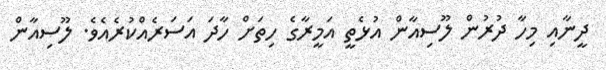
ދީނާއި މިހާ ދުރުން ލޫސިއާން އުޅެތީ އަމީރާގެ ހިތަށް ހާދަ އަސަރެއްކުރެއެވެ. ލޫސިއާން